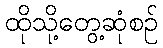
ထိုသို့တွေ့ဆုံစဉ်